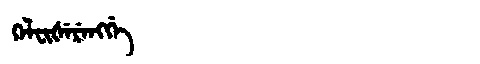
Manchu: ᡴᡝᠯᠸᡳᡧᡝᡵᡝᠩᡤᡝ
Romanization: KELFIŠERENGGE